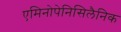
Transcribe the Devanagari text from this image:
एमिनोपेनिसिलैनिक